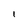
Character: I